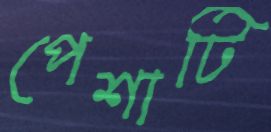
পেশাটি